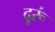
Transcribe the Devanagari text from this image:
दूरूं